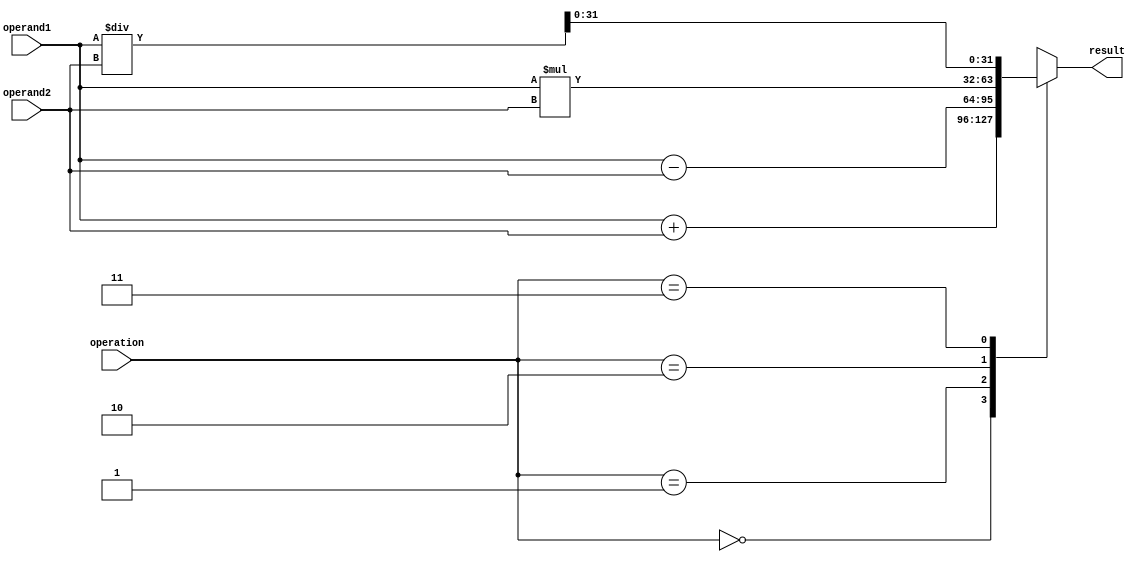
module FixedPointFloatingPointUnit(
    input [31:0] operand1,
    input [31:0] operand2,
    input [1:0] operation,
    output [31:0] result
);

reg [63:0] temp_result; // Temporarily store the result as fixed-point

always @(*) begin
    case(operation)
        2'b00: temp_result = operand1 + operand2; // Addition
        2'b01: temp_result = operand1 - operand2; // Subtraction
        2'b10: temp_result = operand1 * operand2; // Multiplication
        2'b11: temp_result = operand1 / operand2; // Division
    endcase
end

assign result = temp_result[31:0]; // Output the result

endmodule